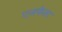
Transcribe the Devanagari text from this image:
एजफेस्ट